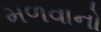
મળવાનો